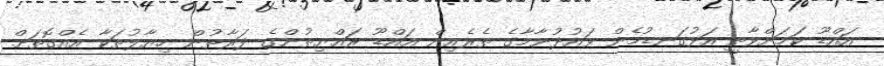
އައްޑޫ ކަމަށްވާތީ އަޅުގަނޑުމެން ވައުދުނާމާގެ ތެރެއިން އައްޑޫ ރައްޔިތުންގެ ފަރާތުން ހިޔާލުތަކާ އެއްގޮތަށް